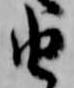
由